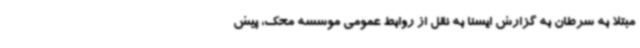
مبتلا به سرطان به گزارش ایسنا به نقل از روابط عمومی موسسه محک، پیش